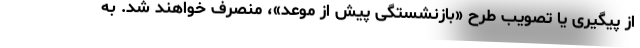
از پیگیری یا تصویب طرح «بازنشستگی پیش از موعد»، منصرف خواهند شد. به